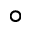
^ \circ